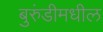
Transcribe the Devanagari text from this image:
बुरुंडीमधील